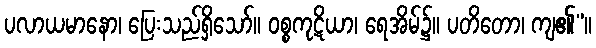
ပလာယမာနော၊ ပြေးသည်ရှိသော်။ ဝစ္စကုဋိယာ၊ ရေအိမ်၌။ ပတိတော၊ ကျ၏”။